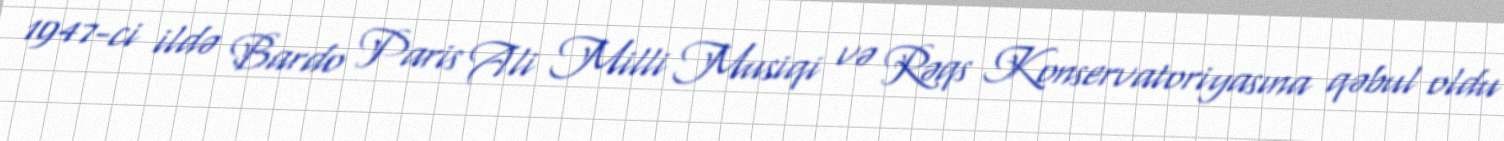
1947-ci ildə Bardo Paris Ali Milli Musiqi və Rəqs Konservatoriyasına qəbul oldu